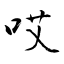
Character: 哎